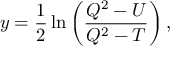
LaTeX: y = \frac { 1 } { 2 } \ln \left( \frac { Q ^ { 2 } - U } { Q ^ { 2 } - T } \right) ,